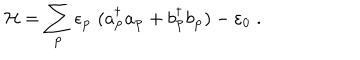
{ \cal H } = \sum _ { { \bf { p } } } \epsilon _ { { \bf { p } } } \; ( a _ { { \bf { p } } } ^ { \dagger } a _ { { \bf { p } } } + b _ { { \bf { p } } } ^ { \dagger } b _ { { \bf { p } } } ) - \varepsilon _ { 0 } \; .